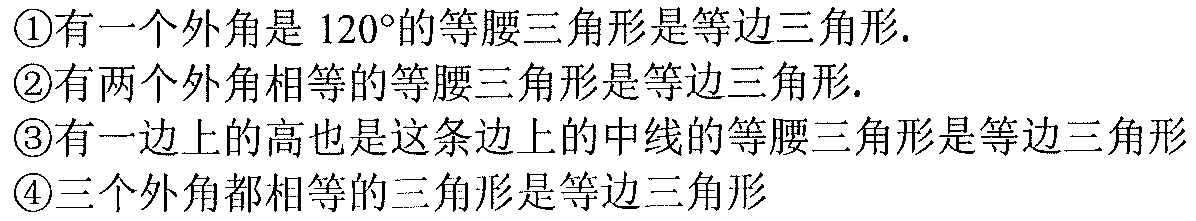
\textcircled{1}有一个外角是$120^{\circ}$的等腰三角形是等边三角形.
\textcircled{2}有两个外角相等的等腰三角形是等边三角形.
\textcircled{3}有一边上的高也是这条边上的中线的等腰三角形是等边三角形
\textcircled{4}三个外角都相等的三角形是等边三角形